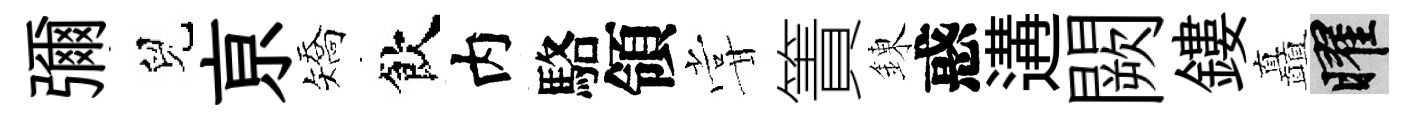
彌兒亰矯飲内駱領甞簀錬惑遘闕鏤矗曜